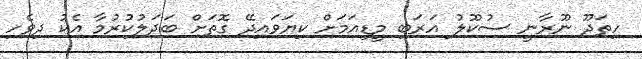
ހިތަދޫ ނޫރާނީ ސުކޫލު އަރަބި މީޑިއަމަށް ކިޔަވައިދޭ ގޮތަށް ބަދަލުކުރުމާ އެކު ދިވެހި